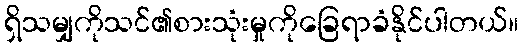
ရှိသမျှကိုသင်၏စားသုံးမှုကိုခြေရာခံနိုင်ပါတယ်။